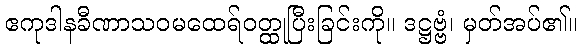
ဧကုဒါနခီဏာသဝမထေရ်ဝတ္ထုပြီးခြင်းကို။ ဒဋ္ဌဗ္ဗံ၊ မှတ်အပ်၏။